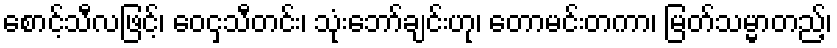
စောင့်သီလဖြင့်၊ ဝေငှသီတင်း၊ သုံးဘော်ချင်းဟု၊ တောမင်းတကာ၊ မြတ်သမ္မာတည့်၊